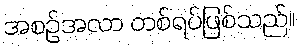
အစဉ်အလာ တစ်ရပ်ဖြစ်သည်။